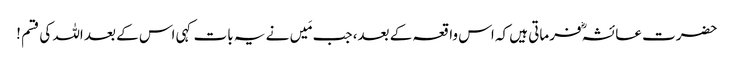
حضرت عائشہؓ فرماتی ہیں کہ اس واقعہ کے بعد، جب مَیں نے یہ بات کہی اس کے بعد اللہ کی قسم !